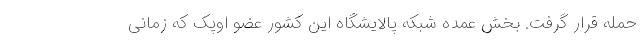
حمله قرار گرفت. بخش عمده شبکه پالایشگاه این کشور عضو اوپک که زمانی